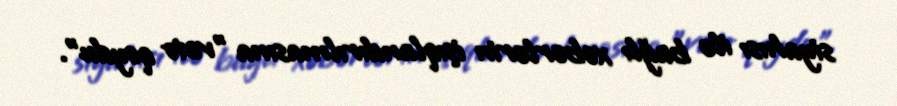
siyahısı ilə bağlı xəbərlərin işıqlandırılmasına "veto qoydu".